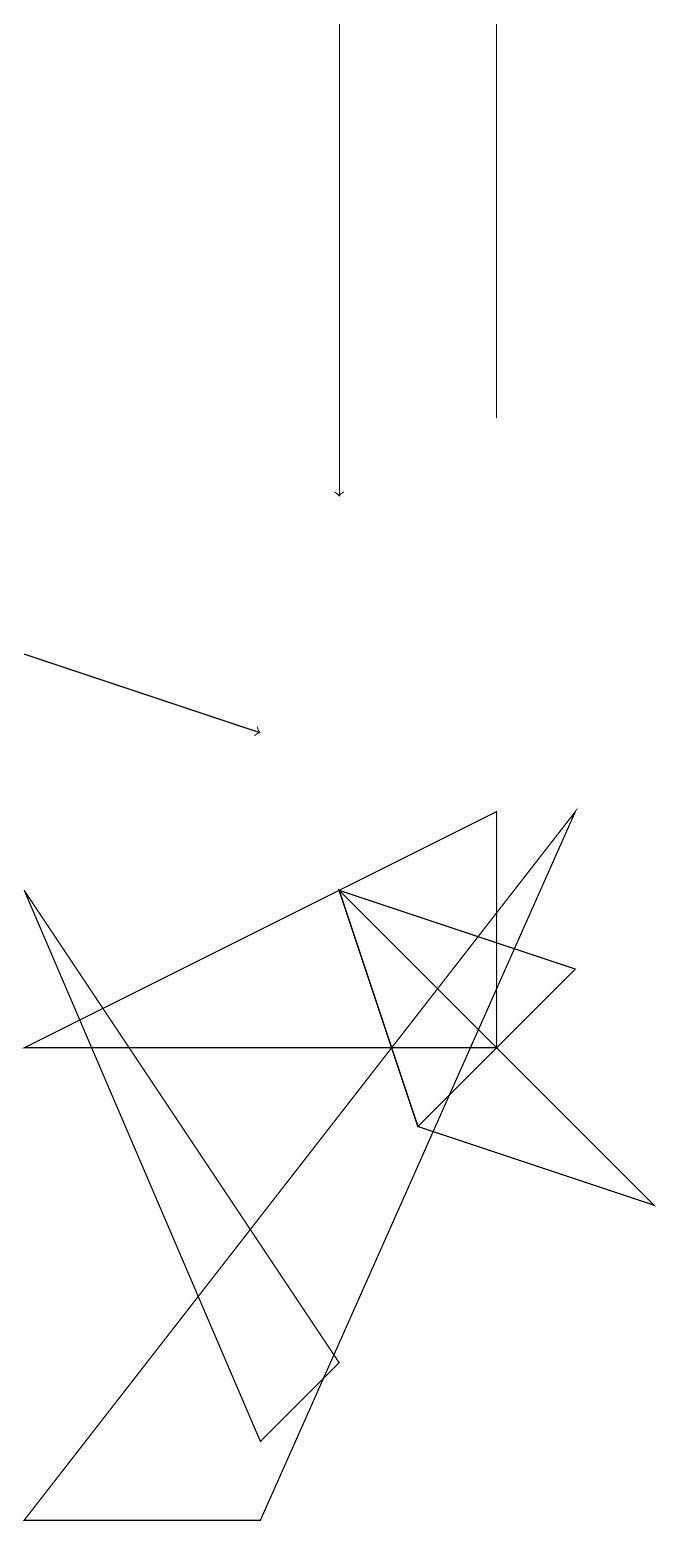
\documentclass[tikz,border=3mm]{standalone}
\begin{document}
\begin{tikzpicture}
\draw (6,5) -- (8,7) -- (5,8) -- cycle;
\draw (1,8) -- (4,1) -- (5,2) -- cycle;
\draw (7,6) -- (7,9) -- (1,6) -- cycle;
\draw[->] (1,11) -- (4,10);
\draw[->] (5,19) -- (5,13);
\draw (7,19) rectangle (7,14);
\draw (1,0) -- (8,9) -- (4,0) -- cycle;
\draw (6,5) -- (9,4) -- (5,8) -- cycle;
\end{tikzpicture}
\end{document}